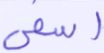
أسفى